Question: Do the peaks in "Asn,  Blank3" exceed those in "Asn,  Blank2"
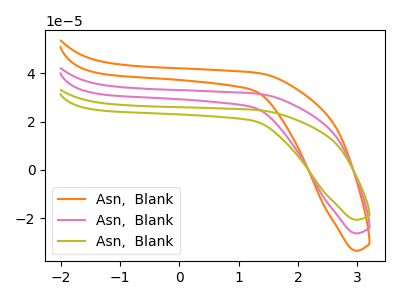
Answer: <think>The orange curve "Asn,  Blank1" has no peaks. The pink curve "Asn,  Blank2" has no peaks. The olive curve "Asn,  Blank3" has no peaks.</think>
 <answer>Niether CV has any peaks.</answer>
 <eval>blanks</eval>